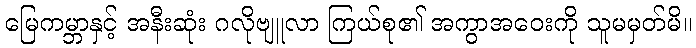
မြေကမ္ဘာနှင့် အနီးဆုံး ဂလိုဗျူလာ ကြယ်စု၏ အကွာအဝေးကို သူမမှတ်မိ။